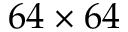
6 4 \times 6 4